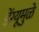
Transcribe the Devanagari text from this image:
डेंग्यूमुळे